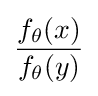
{\frac {f_{\theta }(x)}{f_{\theta }(y)}}